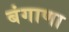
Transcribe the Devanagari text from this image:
बंगाणा